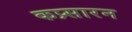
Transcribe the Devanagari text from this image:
कप्र्सारन